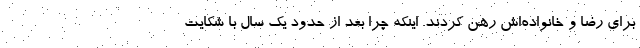
برای رضا و خانواده‌اش رهن کردند. اینکه چرا بعد از حدود یک سال با شکایت